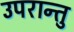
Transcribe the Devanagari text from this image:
उपरान्तु